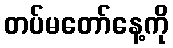
တပ်မတော်နေ့ကို